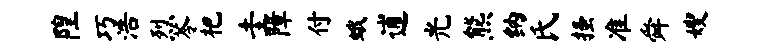
隍巧浩烈苓杷圭障付蛾逋光熊纳氏搔准舜嫂